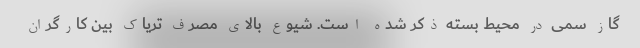
گاز سمی در محیط بسته ذکر شده است. شیوع بالای مصرف تریاک بین کارگران